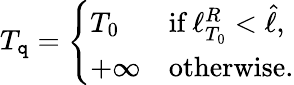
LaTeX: T_{\mathtt{q}}=\left\{ \begin{array}{ll}{T_{0}}&{\textrm{if}~\ell_{T_{0}}^{R}<\hat{\ell},}\\ {+\infty}&{\textrm{otherwise.}}\end{array}\right.